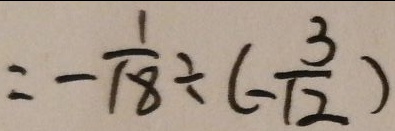
= - \frac { 1 } { 1 8 } \div ( - \frac { 3 } { 1 2 } )